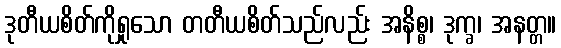
ဒုတီယစိတ်ကိုရှုသော တတီယစိတ်သည်လည်း အနိစ္စ၊ ဒုက္ခ၊ အနတ္တ။